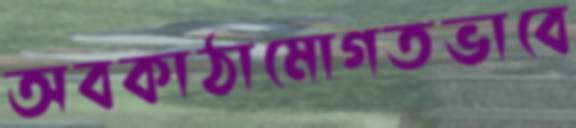
অবকাঠামোগতভাবে